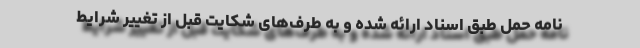
نامه حمل طبق اسناد ارائه شده و به طرف‌های شکایت قبل از تغییر شرایط